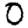
Digit: 0